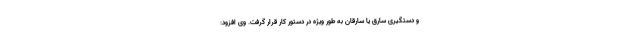
و دستگیری سارق یا سارقان به طور ویژه در دستور کار قرار گرفت. وی افزود: